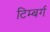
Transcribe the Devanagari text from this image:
टिम्बर्ग